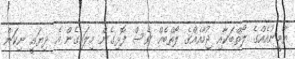
ޔާމީނުއެއްގެ ލޯތްބަކާއި ޖުމާއެއްގެ ލޯތްބެއް ވެސް ފޮޅިގެން މިލައިގެން އެ ދިޔައީ ނިކަން